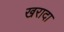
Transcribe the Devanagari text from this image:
खरादा